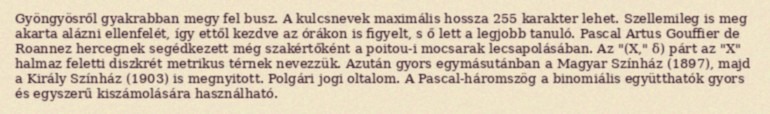
Gyöngyösről gyakrabban megy fel busz. A kulcsnevek maximális hossza 255 karakter lehet. Szellemileg is meg akarta alázni ellenfelét, így ettől kezdve az órákon is figyelt, s ő lett a legjobb tanuló. Pascal Artus Gouffier de Roannez hercegnek segédkezett még szakértőként a poitou-i mocsarak lecsapolásában. Az "(X," δ) párt az "X" halmaz feletti diszkrét metrikus térnek nevezzük. Azután gyors egymásutánban a Magyar Színház (1897), majd a Király Színház (1903) is megnyitott. Polgári jogi oltalom. A Pascal-háromszög a binomiális együtthatók gyors és egyszerű kiszámolására használható.